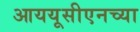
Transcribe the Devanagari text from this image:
आययूसीएनच्या